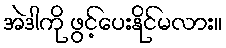
အဲဒါကို ဖွင့်ပေးနိုင်မလား။